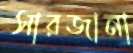
সারজানা